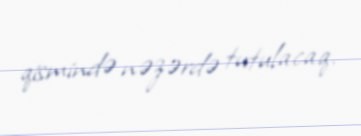
qismində nəzərdə tutulacaq.